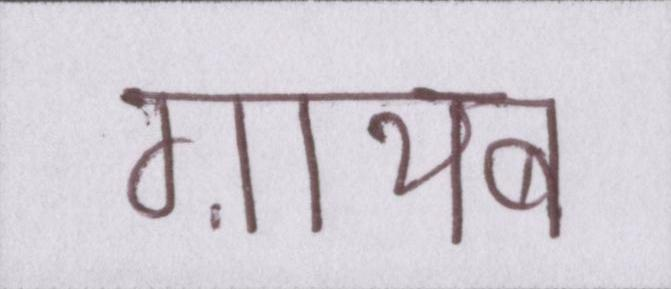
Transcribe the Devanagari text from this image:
ग़ायब